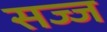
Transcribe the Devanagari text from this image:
सज्‍ज